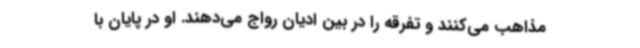
مذاهب می‌کنند و تفرقه را در بین ادیان رواج می‌دهند. او در پایان با